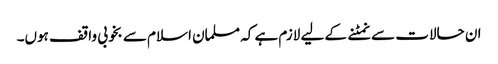
ان حالات سے نمٹنے کے لیے لازم ہے کہ مسلمان اسلام سے بخوبی واقف ہوں۔